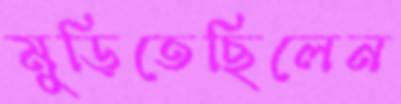
মুড়িতেছিলেন